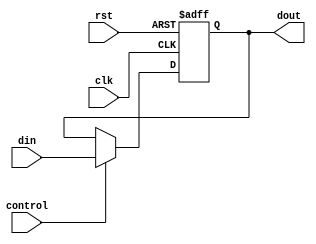
module tempreg(
  input clk,
  input rst,
  input control,  //register signal
  input [31:0] din,
  output [31:0] dout
  );
  
  reg[31:0] data;
  
  always@(posedge clk or posedge rst)
  begin
    if(rst)
      data <= 32'h0;
    else
      if(control)
        data <= din;
  end
  
  assign dout = data;

endmodule